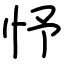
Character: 忬